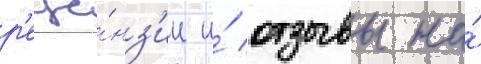
р'еце́нз'ии и́ отзывы на́